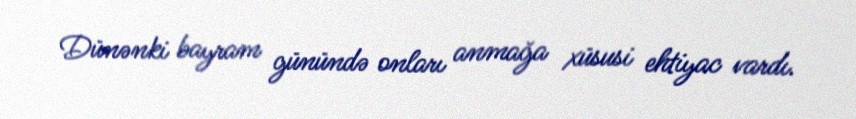
Dünənki bayram günündə onları anmağa xüsusi ehtiyac vardı.